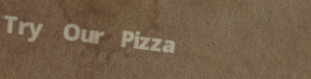
Try Our Pizza